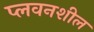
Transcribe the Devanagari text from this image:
प्लवनशील